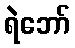
ရဲဘော်